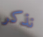
نذكر